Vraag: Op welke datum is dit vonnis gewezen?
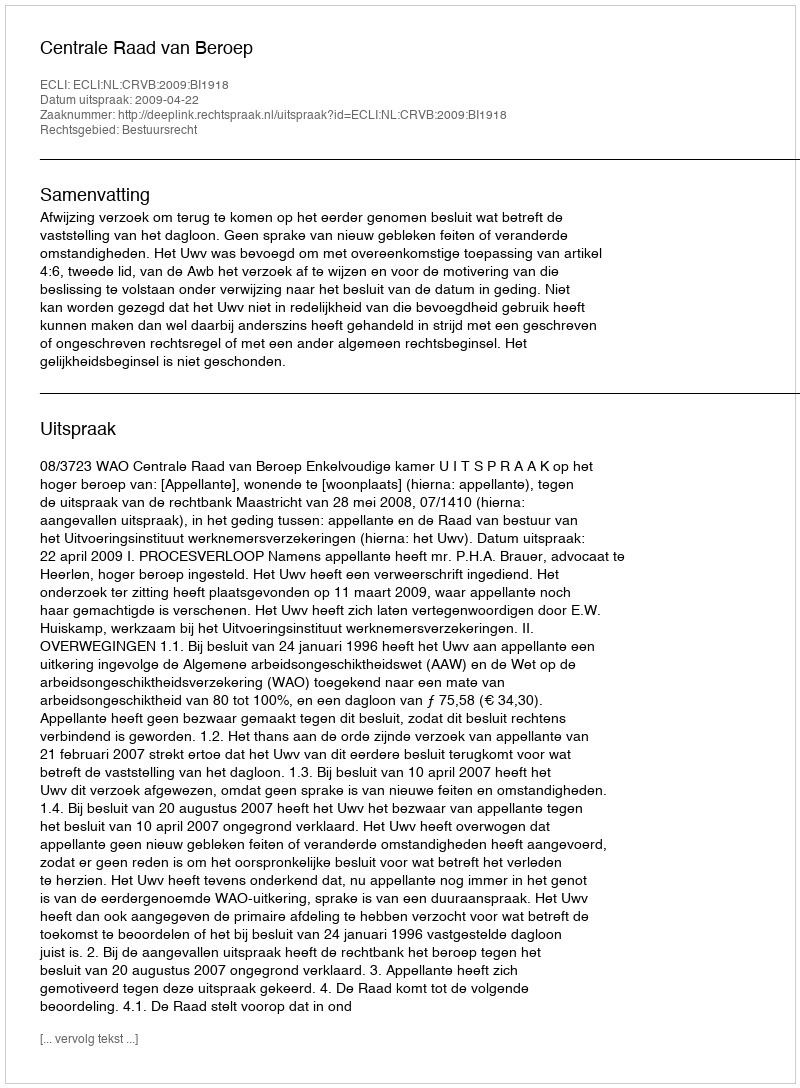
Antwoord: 2009-04-22